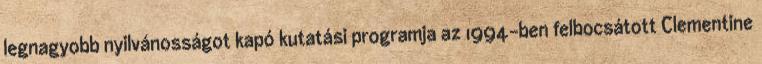
legnagyobb nyilvánosságot kapó kutatási programja az 1994-ben felbocsátott Clementine